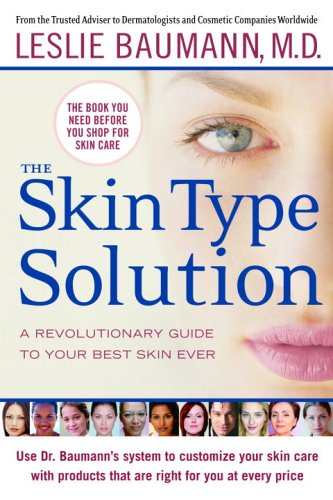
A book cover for The Skin Type Solution: A Revolutionary Guide to Your Best Skin Ever; Leslie S. Baumann; Health, Fitness & Dieting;